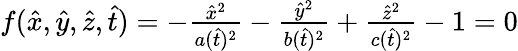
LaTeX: \begin{array}{r}{f(\hat{x},\hat{y},\hat{z},\hat{t})=-\frac{\hat{x}^{2}}{a(\hat{t})^{2}}-\frac{\hat{y}^{2}}{b(\hat{t})^{2}}+\frac{\hat{z}^{2}}{c(\hat{t})^{2}}-1=0}\end{array}